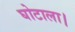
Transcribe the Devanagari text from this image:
घोटाला।